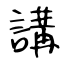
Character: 講